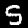
Digit: 5